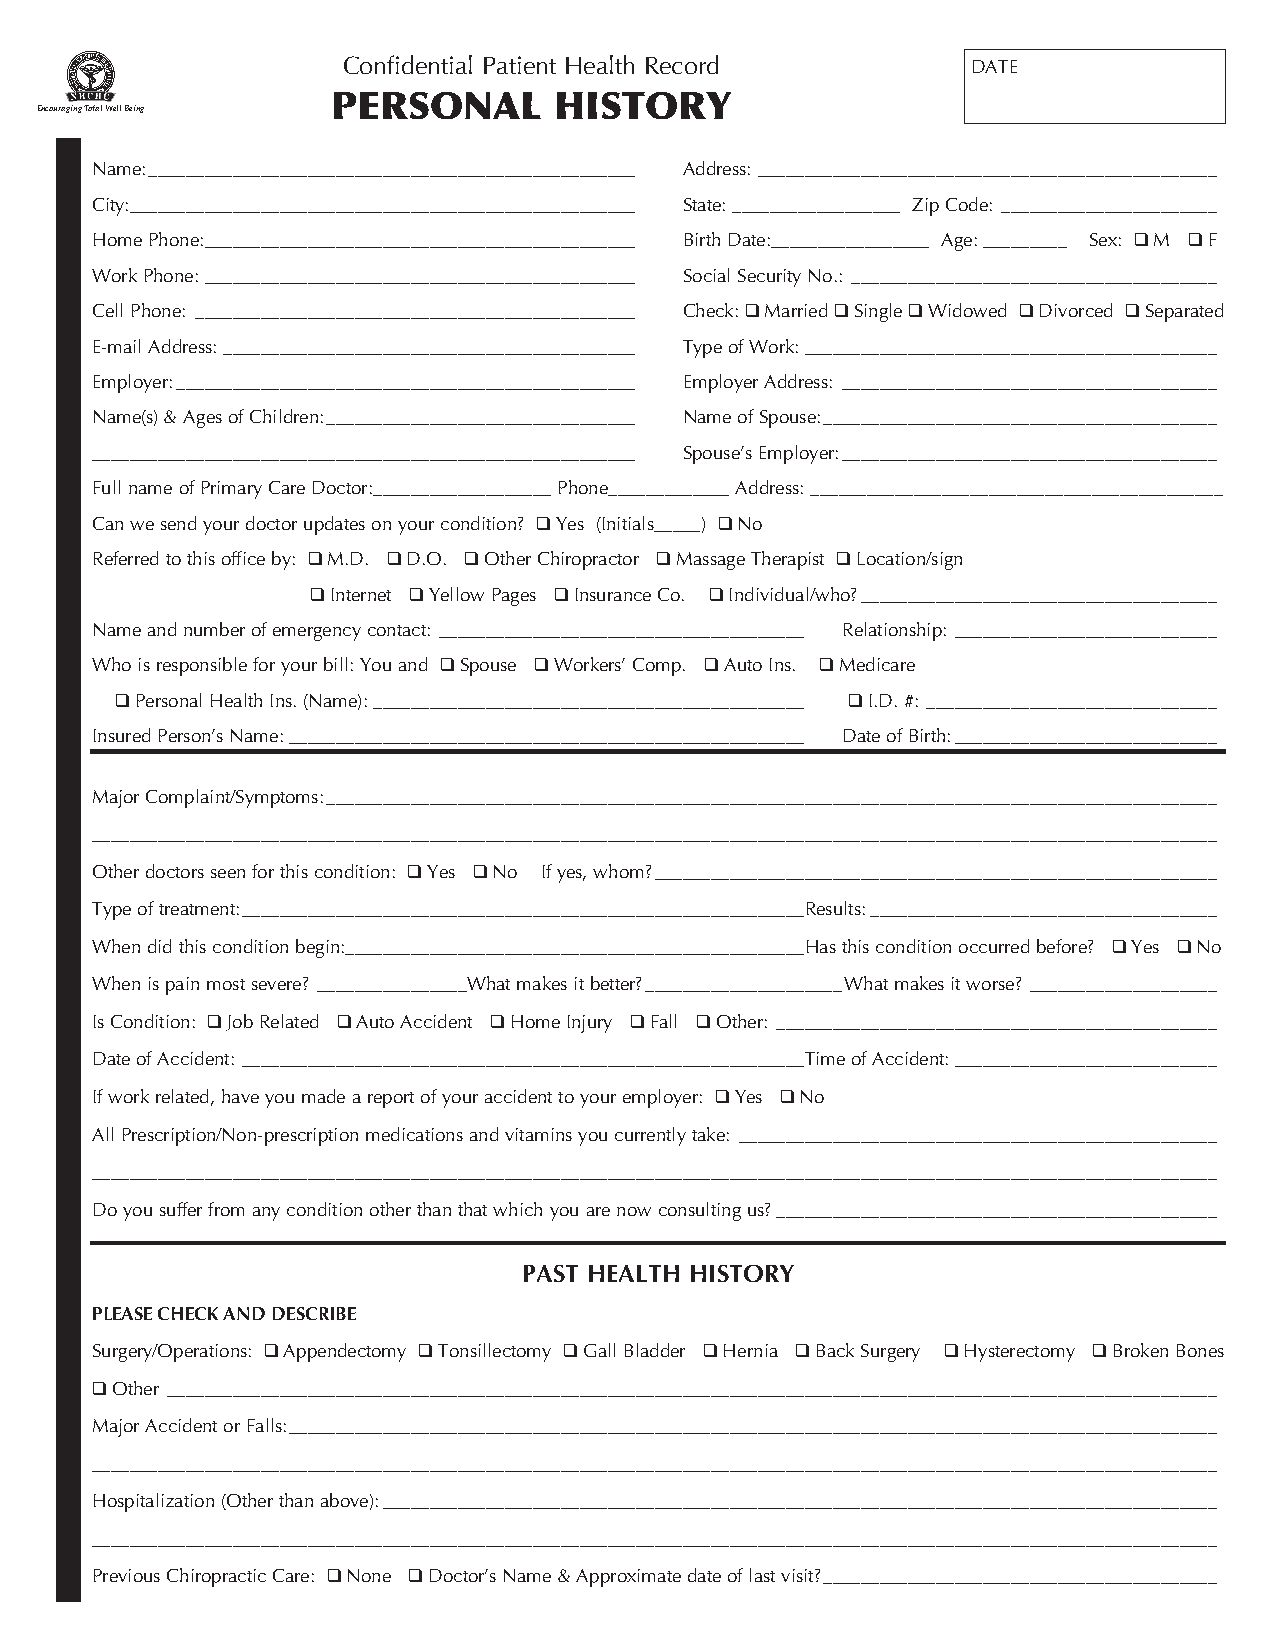
Confidential Patient Health Record       DATE
 PERSONAL       HISTORY
 Encouraging Total Well Being
 Name: ____________________________________________________ Address: _________________________________________________
 City:______________________________________________________ State: __________________ Zip Code: _______________________
 Home Phone: ______________________________________________ Birth Date:_________________ Age: _________ Sex: ! M ! F
 Work Phone: ______________________________________________ Social Security No.: _______________________________________
 Cell Phone: _______________________________________________ Check: ! Married ! Single ! Widowed ! Divorced ! Separated
 E-mail Address: ____________________________________________ Type of Work: ____________________________________________
 Employer: _________________________________________________ Employer Address: ________________________________________
 Name(s) & Ages of Children: _________________________________ Name of Spouse: __________________________________________
 __________________________________________________________ Spouse’s Employer: ________________________________________
 Full name of Primary Care Doctor: ___________________ Phone_____________ Address: ____________________________________________
 Can we send your doctor updates on your condition? ! Yes (Initials_____) ! No
 Referred to this office by: ! M.D. ! D.O. ! Other Chiropractor ! Massage Therapist ! Location/sign
 ! Internet ! Yellow Pages ! Insurance Co. ! Individual/who? ______________________________________
 Name and number of emergency contact: _______________________________________ Relationship: ____________________________
 Who is responsible for your bill: You and ! Spouse ! Workers’ Comp. ! Auto Ins. ! Medicare
 ! Personal Health Ins. (Name): ______________________________________________ ! I.D. #: _______________________________
 Insured Person’s Name: _______________________________________________________ Date of Birth: ____________________________
 Major Complaint/Symptoms: _______________________________________________________________________________________________
 ________________________________________________________________________________________________________________________
 Other doctors seen for this condition: ! Yes ! No If yes, whom? ____________________________________________________________
 Type of treatment: ____________________________________________________________Results: _____________________________________
 When did this condition begin:_________________________________________________Has this condition occurred before? ! Yes ! No
 When is pain most severe? ________________What makes it better? _____________________What makes it worse? ____________________
 Is Condition: ! Job Related ! Auto Accident ! Home Injury ! Fall ! Other: _______________________________________________
 Date of Accident: ____________________________________________________________Time of Accident: ____________________________
 If work related, have you made a report of your accident to your employer: ! Yes ! No
 All Prescription/Non-prescription medications and vitamins you currently take: ___________________________________________________
 ________________________________________________________________________________________________________________________
 Do you suffer from any condition other than that which you are now consulting us? _______________________________________________
 PAST HEALTH HISTORY
 PLEASE CHECK AND DESCRIBE
 Surgery/Operations: ! Appendectomy ! Tonsillectomy ! Gall Bladder ! Hernia ! Back Surgery ! Hysterectomy ! Broken Bones
 ! Other ________________________________________________________________________________________________________________
 Major Accident or Falls: ___________________________________________________________________________________________________
 ________________________________________________________________________________________________________________________
 Hospitalization (Other than above): _________________________________________________________________________________________
 ________________________________________________________________________________________________________________________
 Previous Chiropractic Care: ! None ! Doctor’s Name & Approximate date of last visit? __________________________________________